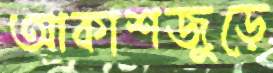
আকাশজুড়ে